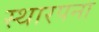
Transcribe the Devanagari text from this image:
स्थारपना